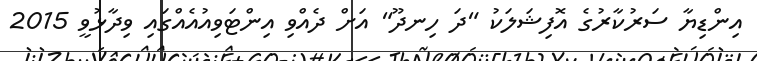
އިންޑިޔާ ސަރުކާރުގެ އޮފިޝަލަކު "ދަ ހިނދޫ" އަށް ދެއްވި އިންޓަވިއުއެއްގައި ވިދާޅުވީ 2015